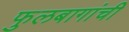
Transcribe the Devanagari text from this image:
फुलबागांची